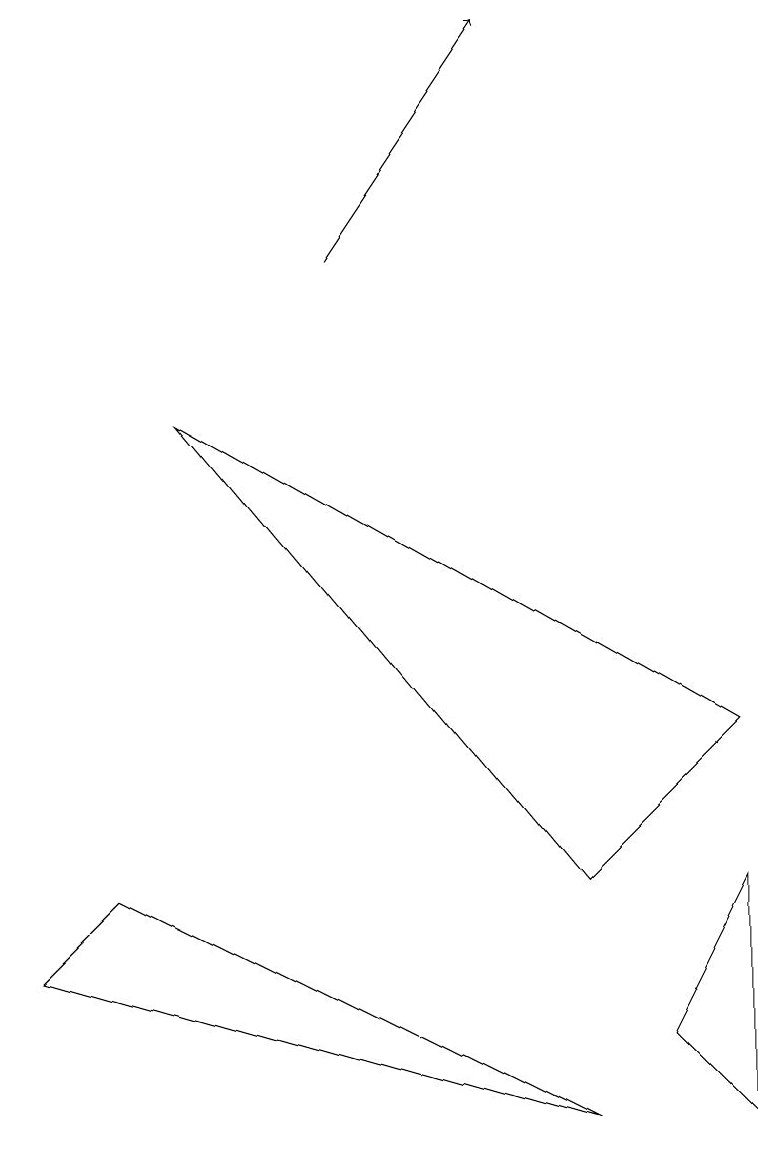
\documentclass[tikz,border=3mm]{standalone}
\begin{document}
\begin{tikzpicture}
\draw (7,0) -- (1,3) -- (0,2) -- cycle;
\draw (9,0) -- (8,1) -- (9,3) -- cycle;
\draw (7,3) -- (9,5) -- (2,9) -- cycle;
\draw[->] (4,11) -- (6,14);
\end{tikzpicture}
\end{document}